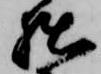
拙